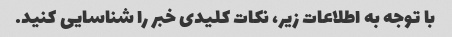
با توجه به اطلاعات زیر، نکات کلیدی خبر را شناسایی کنید.